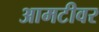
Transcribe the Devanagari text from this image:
आमटीवर